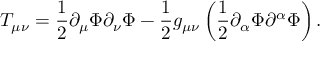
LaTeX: T _ { \mu \nu } = \frac { 1 } { 2 } \partial _ { \mu } \Phi \partial _ { \nu } \Phi - \frac { 1 } { 2 } g _ { \mu \nu } \left( \frac { 1 } { 2 } \partial _ { \alpha } \Phi \partial ^ { \alpha } \Phi \right) .